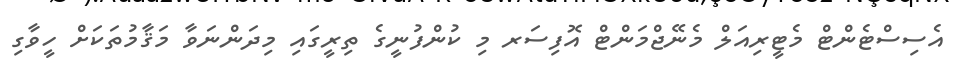
އެސިސްޓެންޓް މެޓީރިއަލް މެނޭޖްމަންޓް އޮފިސަރ މި ކުންފުނީގެ ތިރީގައި މިދަންނަވާ މަޤާމުތަކަށް ހީވާގި